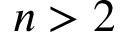
n > 2